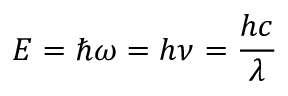
E = \hbar \omega = h \nu = { \frac { h c } { \lambda } }